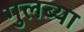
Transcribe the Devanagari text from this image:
गुलब्या